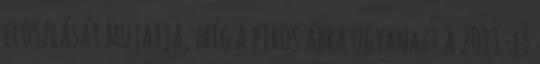
eloszlását mutatja, míg a piros ábra ugyanazt a 2011-es